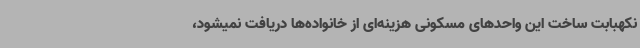
نکهبابت ساخت این واحدهای مسکونی هزینه‌ای از خانواده‌ها دریافت نمیشود،